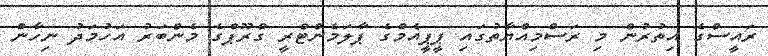
ރައީސްގެ އިތުރުން މި ރަސްމިއްޔާތުގައި ޕީޕީއެމްގެ ޕާލަމެންޓްރީ ގްރޫޕްގެ މެންބަރު އަހުމަދު ނިހާން